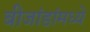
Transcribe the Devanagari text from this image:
बीजांडांमध्ये